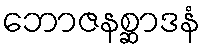
ဘောဇနစ္ဆာဒနံ